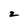
Character: z